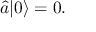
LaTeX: { \hat { a } } | 0 \rangle = 0 .